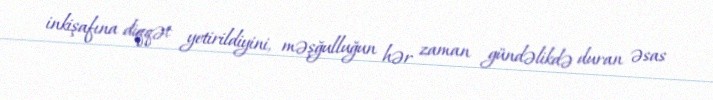
inkişafına diqqət yetirildiyini, məşğulluğun hər zaman gündəlikdə duran əsas